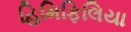
હિમિફિલિયા